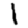
Digit: 1